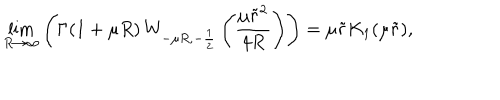
\lim _ { R \rightarrow \infty } \left( \Gamma ( 1 + \mu R ) \, W _ { - \mu R , - \frac { 1 } { 2 } } \left( \frac { \mu \tilde { r } ^ { 2 } } { 4 R } \right) \right) = \mu \tilde { r } K _ { 1 } ( \mu \tilde { r } ) ,